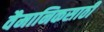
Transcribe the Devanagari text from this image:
वैमानिकसाठी